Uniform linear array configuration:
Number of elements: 32
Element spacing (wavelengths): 1
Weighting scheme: hann
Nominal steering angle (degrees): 0
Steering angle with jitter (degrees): -1.717
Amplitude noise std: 0.05
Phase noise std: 0.05

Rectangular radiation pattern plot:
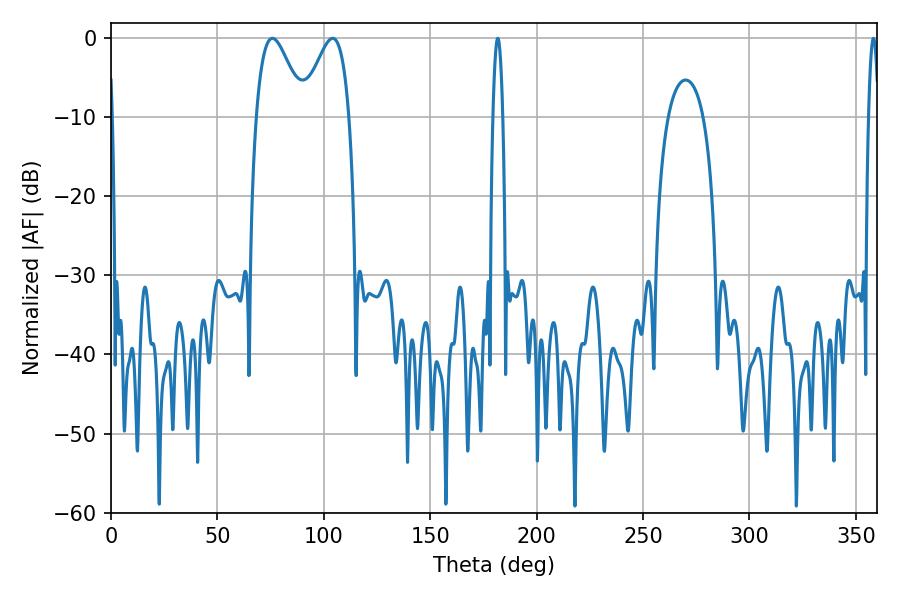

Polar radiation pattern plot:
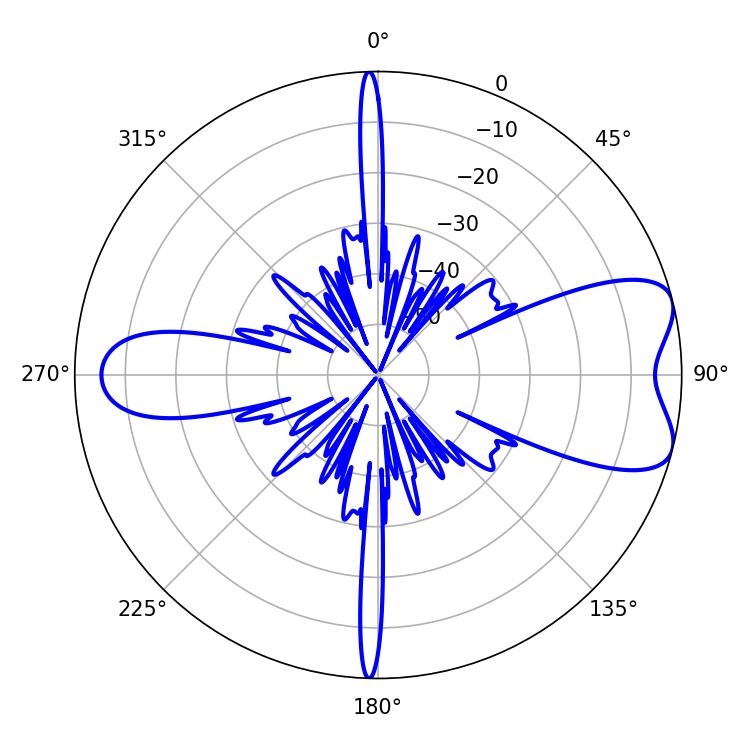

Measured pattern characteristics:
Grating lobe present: TRUE
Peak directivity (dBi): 7.355
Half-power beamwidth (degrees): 11.88
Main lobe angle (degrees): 75.78